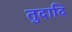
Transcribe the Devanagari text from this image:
तुदादि